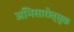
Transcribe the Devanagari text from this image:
अभिसारोत्सुक